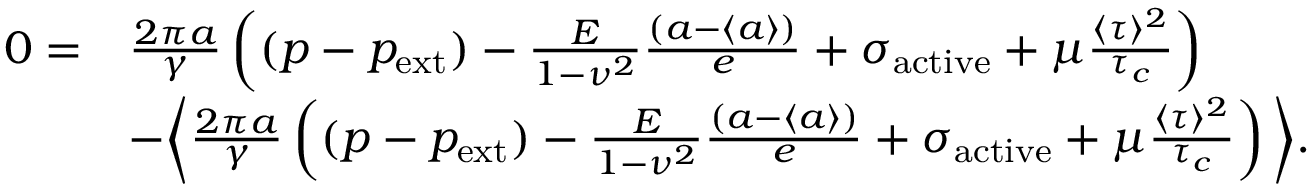
\begin{array} { r l } { 0 = } & { \frac { 2 \pi a } { \gamma } \left( ( p - p _ { \mathrm { e x t } } ) - \frac { E } { 1 - \nu ^ { 2 } } \frac { \left( a - \langle a \rangle \right) } { e } + \sigma _ { \mathrm { a c t i v e } } + \mu \frac { \langle \tau \rangle ^ { 2 } } { \tau _ { c } } \right) } \\ & { - \bigg \langle \frac { 2 \pi a } { \gamma } \left( ( p - p _ { \mathrm { e x t } } ) - \frac { E } { 1 - \nu ^ { 2 } } \frac { \left( a - \langle a \rangle \right) } { e } + \sigma _ { \mathrm { a c t i v e } } + \mu \frac { \langle \tau \rangle ^ { 2 } } { \tau _ { c } } \right) \bigg \rangle . } \end{array}